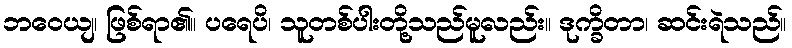
ဘဝေယျ၊ ဖြစ်ရာ၏။ ပရေပိ၊ သူတစ်ပါးတို့သည်မူလည်း။ ဒုက္ခိတာ၊ ဆင်းရဲသည်။